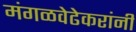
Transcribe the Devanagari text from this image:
मंगळवेढेकरांनी